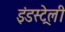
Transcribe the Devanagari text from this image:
इंडस्ट्रेली